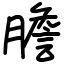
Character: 膽